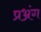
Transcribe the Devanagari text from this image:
प्रभ्रंग